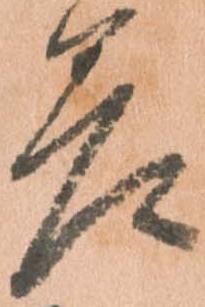
差